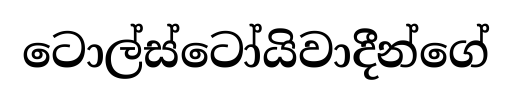
ටොල්ස්ටෝයිවාදීන්ගේ